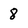
Character: 8